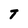
Character: T